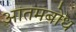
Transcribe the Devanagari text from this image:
आतमबोध